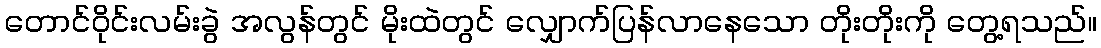
တောင်ဝိုင်းလမ်းခွဲ အလွန်တွင် မိုးထဲတွင် လျှောက်ပြန်လာနေသော တိုးတိုးကို တွေ့ရသည်။